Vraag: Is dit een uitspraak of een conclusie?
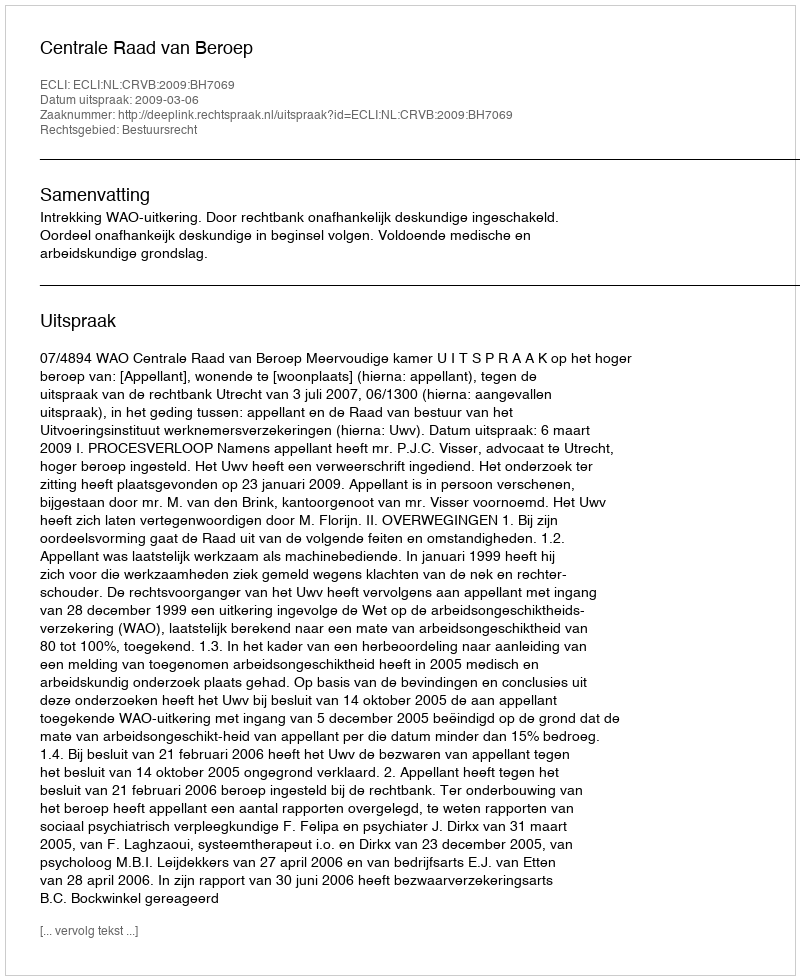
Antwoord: Uitspraak